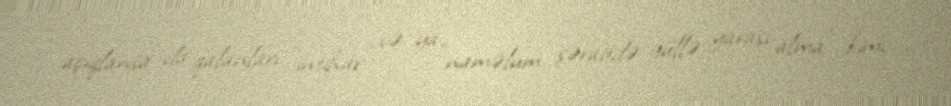
açıqlansa da qalanları “intihar” və ya “naməlum şəraitdə güllə yarası alma” kimi